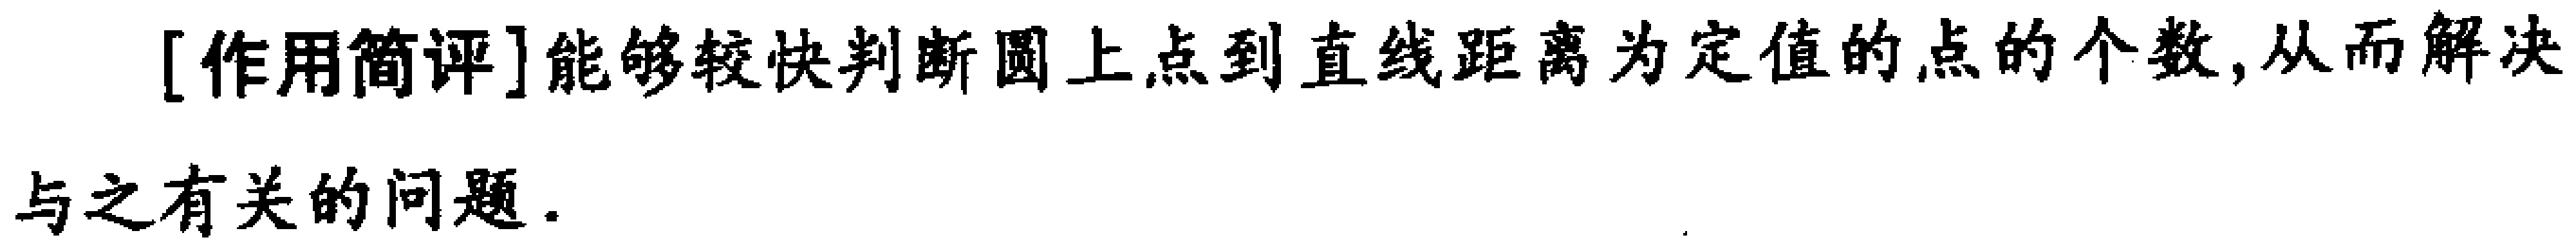
[作用简评]能够较快判断圆上点到直线距离为定值的点的个数,从而解决与之有关的问题.